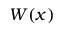
W ( x )